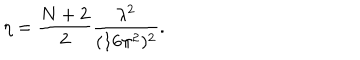
\eta = \frac { N + 2 } { 2 } \frac { \lambda ^ { 2 } } { ( 1 6 \pi ^ { 2 } ) ^ { 2 } } .